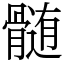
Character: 髄